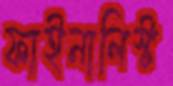
ফাইনালিস্ট